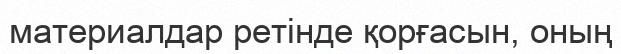
материалдар ретінде қорғасын, оның